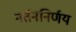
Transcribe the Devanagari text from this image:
नर्तननिर्णय